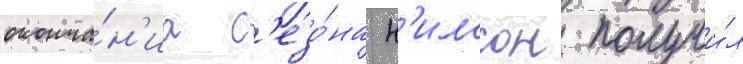
оконча́н'иа с'езо́на н'илссон получи́л